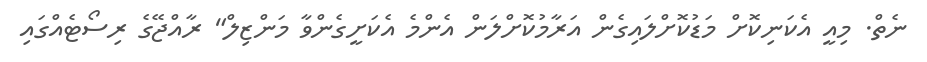
ނެތް. މިއީ އެކަނިކޮށް މަޑުކޮށްލައިގެން އަރާމުކޮށްލަން އެންމެ އެކަށީގެންވާ މަންޒިލް" ރާއްޖޭގެ ރިސޯޓެއްގައި